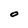
Character: O